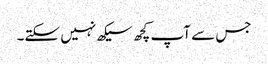
جس سے آپ کچھ سیکھ نہیں سکتے۔